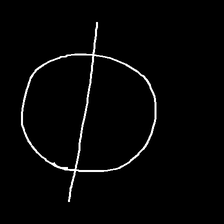
Glyph: orb